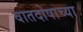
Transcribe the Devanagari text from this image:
वातदोषाच्या